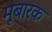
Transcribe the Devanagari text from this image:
मूबारक